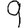
Digit: 9